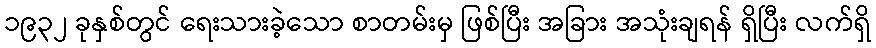
၁၉၃၂ ခုနှစ်တွင် ရေးသားခဲ့သော စာတမ်းမှ ဖြစ်ပြီး အခြား အသုံးချရန် ရှိပြီး လက်ရှိ